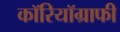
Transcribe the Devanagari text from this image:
कॉरियॉग्राफी